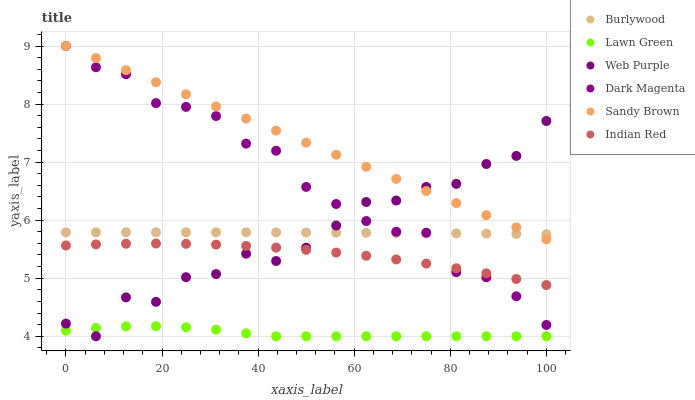
| xaxis_label | Burlywood | Lawn Green | Web Purple | Dark Magenta | Sandy Brown | Indian Red |
 | --- | --- | --- | --- | --- | --- | --- |
 | 0 | 5.79 | 4.1 | 4.22 | 9 | 9 | 5.56 |
 | 6.25 | 5.79 | 4.14 | 4 | 8.63 | 8.79 | 5.58 |
 | 12.5 | 5.79 | 4.17 | 4.67 | 8.51 | 8.58 | 5.59 |
 | 18.8 | 5.79 | 4.17 | 4.59 | 8.02 | 8.38 | 5.6 |
 | 25 | 5.79 | 4.15 | 5.02 | 7.95 | 8.17 | 5.59 |
 | 31.2 | 5.79 | 4.11 | 5.07 | 7.79 | 7.96 | 5.58 |
 | 37.5 | 5.79 | 4.05 | 5.42 | 7.32 | 7.75 | 5.56 |
 | 43.8 | 5.79 | 4 | 5.3 | 7.2 | 7.54 | 5.53 |
 | 50 | 5.79 | 4 | 5.53 | 6.57 | 7.33 | 5.49 |
 | 56.2 | 5.79 | 4 | 5.91 | 6.28 | 7.13 | 5.44 |
 | 62.5 | 5.78 | 4 | 6.31 | 5.98 | 6.92 | 5.39 |
 | 68.8 | 5.78 | 4 | 6.34 | 5.8 | 6.71 | 5.32 |
 | 75 | 5.78 | 4 | 6.57 | 5.78 | 6.5 | 5.25 |
 | 81.2 | 5.77 | 4 | 6.63 | 5.1 | 6.29 | 5.17 |
 | 87.5 | 5.77 | 4 | 6.97 | 5.02 | 6.09 | 5.08 |
 | 93.8 | 5.76 | 4 | 7.11 | 4.69 | 5.88 | 4.99 |
 | 100 | 5.76 | 4 | 7.71 | 4.19 | 5.67 | 4.88 |